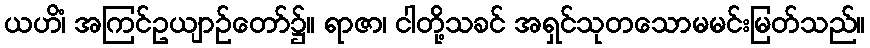
ယဟိံ၊ အကြင်ဥယျာဉ်တော်၌။ ရာဇာ၊ ငါတို့သခင် အရှင်သုတသောမမင်းမြတ်သည်။